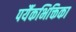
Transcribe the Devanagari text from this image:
पर्यैकभिक्तिका